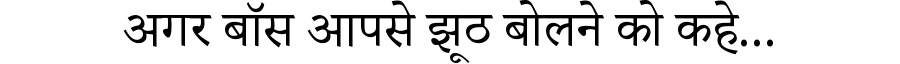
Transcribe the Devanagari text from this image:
अगर बॉस आपसे झूठ बोलने को कहे...